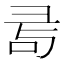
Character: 𢑔